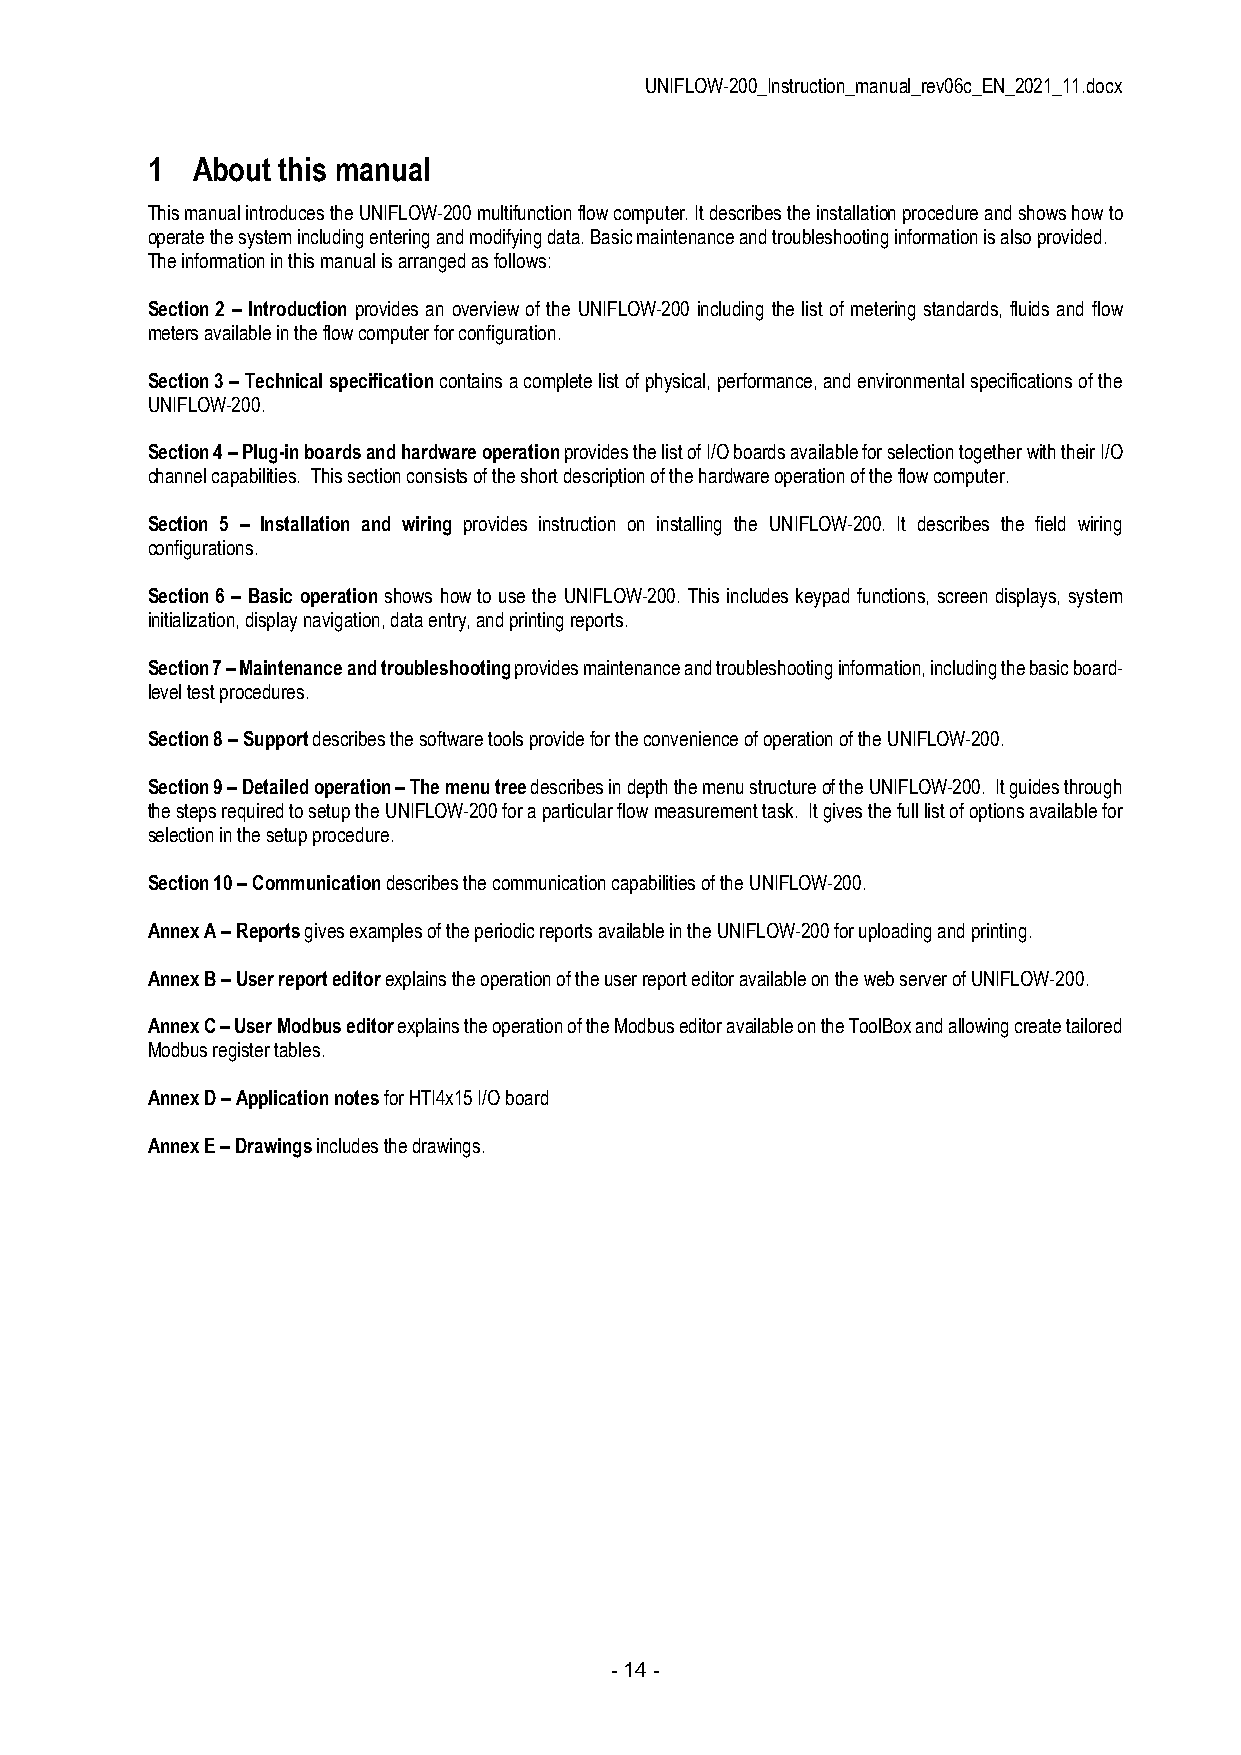
UNIFLOW-200_Instruction_manual_rev06c_EN_2021_11.docx
 1  About this manual
 This manual introduces the UNIFLOW-200 multifunction flow computer. It describes the installation procedure and shows how to
 operate the system including entering and modifying data. Basic maintenance and troubleshooting information is also provided.
 The information in this manual is arranged as follows:
 Section 2 – Introduction provides an overview of the UNIFLOW-200 including the list of metering standards, fluids and flow
 meters available in the flow computer for configuration.
 Section 3 – Technical specification contains a complete list of physical, performance, and environmental specifications of the
 UNIFLOW-200.
 Section 4 – Plug-in boards and hardware operation provides the list of I/O boards available for selection together with their I/O
 channel capabilities. This section consists of the short description of the hardware operation of the flow computer.
 Section 5 – Installation and wiring provides instruction on installing the UNIFLOW-200. It describes the field wiring
 configurations.
 Section 6 – Basic operation shows how to use the UNIFLOW-200. This includes keypad functions, screen displays, system
 initialization, display navigation, data entry, and printing reports.
 Section 7 – Maintenance and troubleshooting provides maintenance and troubleshooting information, including the basic board-
 level test procedures.
 Section 8 – Support describes the software tools provide for the convenience of operation of the UNIFLOW-200.
 Section 9 – Detailed operation – The menu tree describes in depth the menu structure of the UNIFLOW-200. It guides through
 the steps required to setup the UNIFLOW-200 for a particular flow measurement task. It gives the full list of options available for
 selection in the setup procedure.
 Section 10 – Communication describes the communication capabilities of the UNIFLOW-200.
 Annex A – Reports gives examples of the periodic reports available in the UNIFLOW-200 for uploading and printing.
 Annex B – User report editor explains the operation of the user report editor available on the web server of UNIFLOW-200.
 Annex C – User Modbus editor explains the operation of the Modbus editor available on the ToolBox and allowing create tailored
 Modbus register tables.
 Annex D – Application notes for HTI4x15 I/O board
 Annex E – Drawings includes the drawings.
 - 14 -